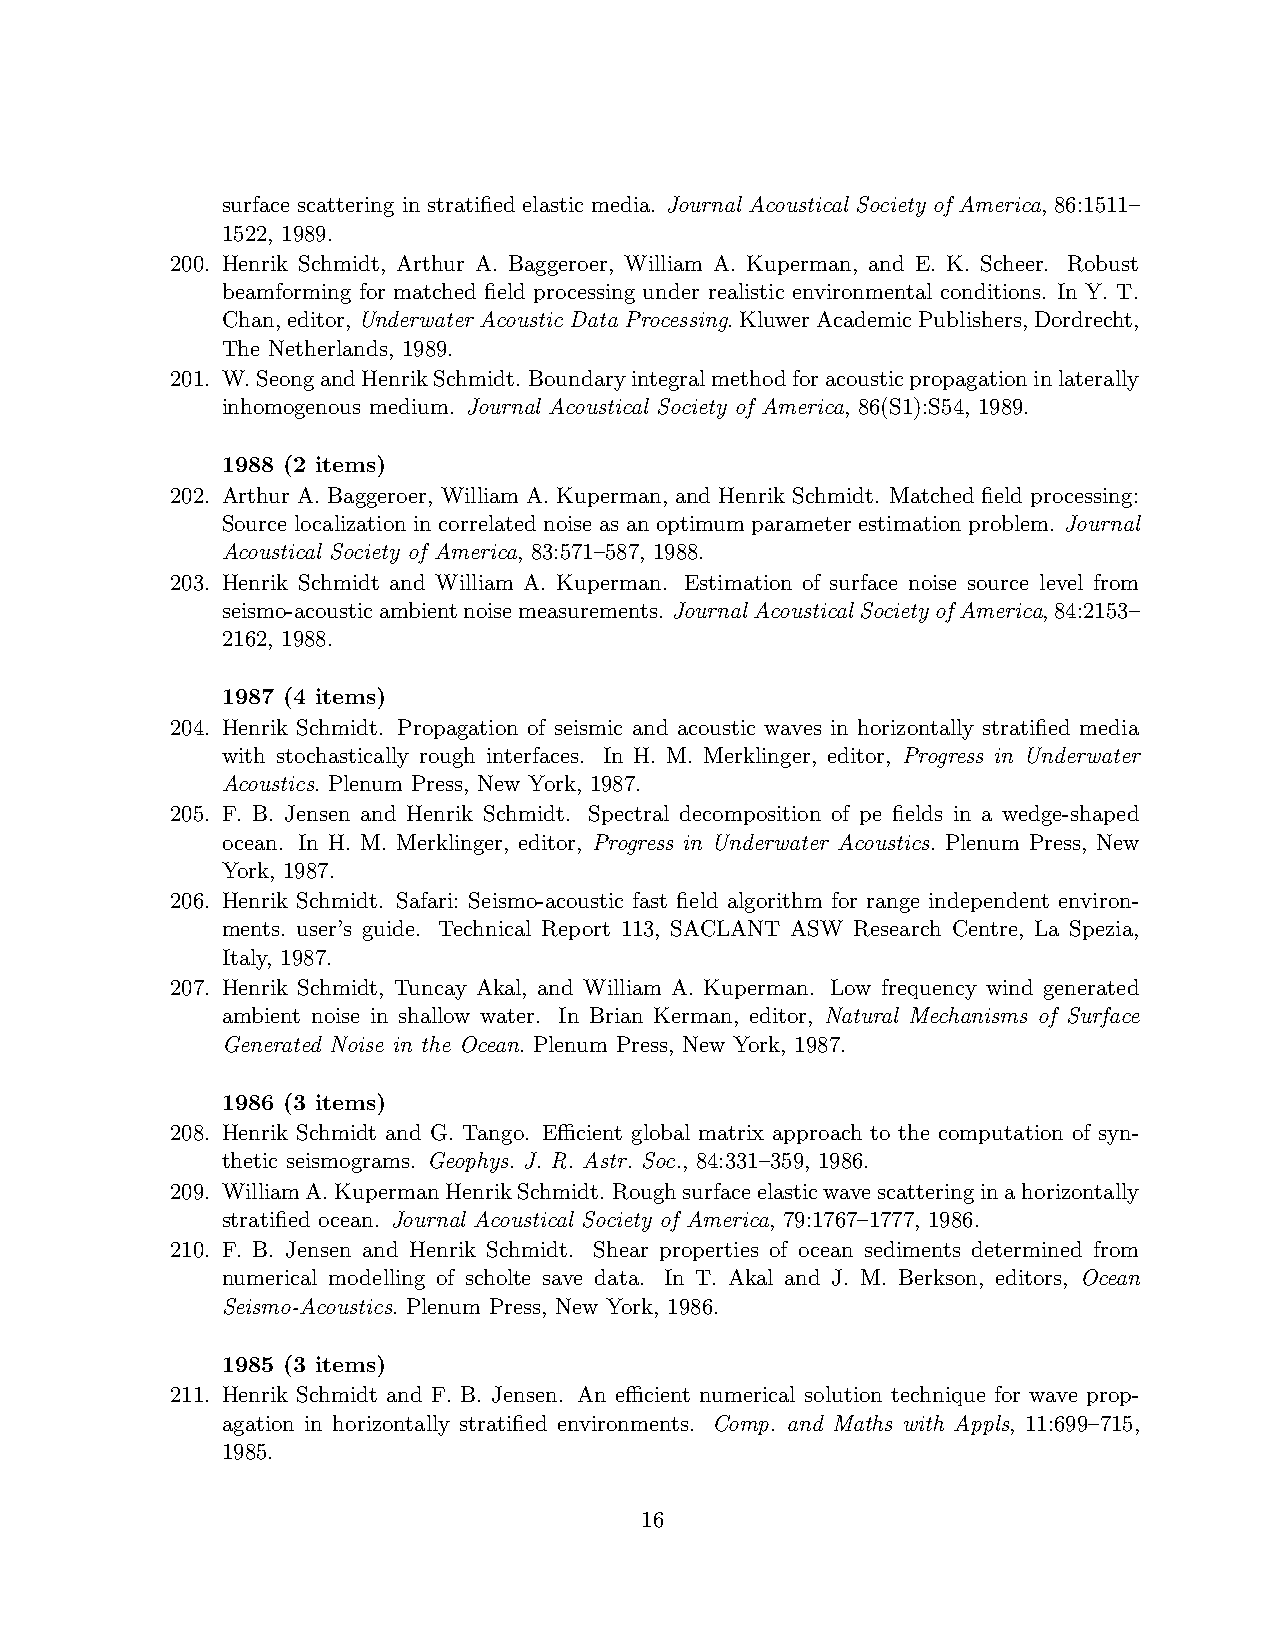
surface scattering in stratified elastic media. Journal Acoustical Society of America, 86:1511–
 1522, 1989.
 200. Henrik Schmidt, Arthur A. Baggeroer, William A. Kuperman, and E. K. Scheer. Robust
 beamforming for matched field processing under realistic environmental conditions. In Y. T.
 Chan,editor,Underwater Acoustic Data Processing.KluwerAcademicPublishers,Dordrecht,
 The Netherlands, 1989.
 201. W.SeongandHenrikSchmidt. Boundaryintegralmethodforacousticpropagationinlaterally
 inhomogenous medium. Journal Acoustical Society of America, 86(S1):S54, 1989.
 1988 (2 items)
 202. Arthur A. Baggeroer, William A. Kuperman, and Henrik Schmidt. Matched field processing:
 Source localization in correlated noise as an optimum parameter estimation problem. Journal
 Acoustical Society of America, 83:571–587, 1988.
 203. Henrik Schmidt and William A. Kuperman. Estimation of surface noise source level from
 seismo-acousticambientnoisemeasurements. JournalAcousticalSocietyofAmerica,84:2153–
 2162, 1988.
 1987 (4 items)
 204. Henrik Schmidt. Propagation of seismic and acoustic waves in horizontally stratified media
 with stochastically rough interfaces. In H. M. Merklinger, editor, Progress in Underwater
 Acoustics. Plenum Press, New York, 1987.
 205. F. B. Jensen and Henrik Schmidt. Spectral decomposition of pe fields in a wedge-shaped
 ocean. In H. M. Merklinger, editor, Progress in Underwater Acoustics. Plenum Press, New
 York, 1987.
 206. Henrik Schmidt. Safari: Seismo-acoustic fast field algorithm for range independent environ-
 ments. user’s guide. Technical Report 113, SACLANT ASW Research Centre, La Spezia,
 Italy, 1987.
 207. Henrik Schmidt, Tuncay Akal, and William A. Kuperman. Low frequency wind generated
 ambient noise in shallow water. In Brian Kerman, editor, Natural Mechanisms of Surface
 Generated Noise in the Ocean. Plenum Press, New York, 1987.
 1986 (3 items)
 208. Henrik Schmidt and G. Tango. Efficient global matrix approach to the computation of syn-
 thetic seismograms. Geophys. J. R. Astr. Soc., 84:331–359, 1986.
 209. WilliamA.KupermanHenrikSchmidt. Roughsurfaceelasticwavescatteringinahorizontally
 stratified ocean. Journal Acoustical Society of America, 79:1767–1777, 1986.
 210. F. B. Jensen and Henrik Schmidt. Shear properties of ocean sediments determined from
 numerical modelling of scholte save data. In T. Akal and J. M. Berkson, editors, Ocean
 Seismo-Acoustics. Plenum Press, New York, 1986.
 1985 (3 items)
 211. Henrik Schmidt and F. B. Jensen. An efficient numerical solution technique for wave prop-
 agation in horizontally stratified environments. Comp. and Maths with Appls, 11:699–715,
 1985.
 16